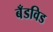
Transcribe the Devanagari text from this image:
बँडविड